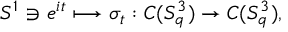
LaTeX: S ^ { 1 } \ni e ^ { i t } \longmapsto \sigma _ { t } : C ( S _ { q } ^ { 3 } ) \rightarrow C ( S _ { q } ^ { 3 } ) ,